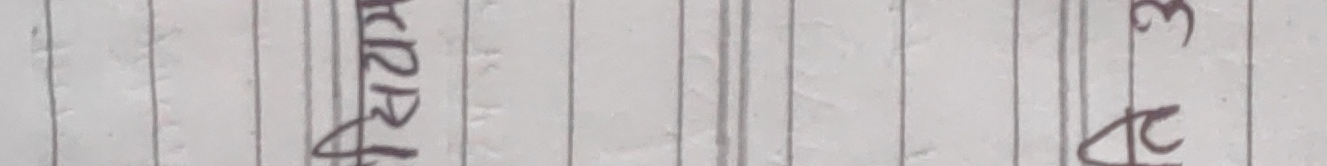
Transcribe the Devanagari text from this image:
कृपा प्र०३